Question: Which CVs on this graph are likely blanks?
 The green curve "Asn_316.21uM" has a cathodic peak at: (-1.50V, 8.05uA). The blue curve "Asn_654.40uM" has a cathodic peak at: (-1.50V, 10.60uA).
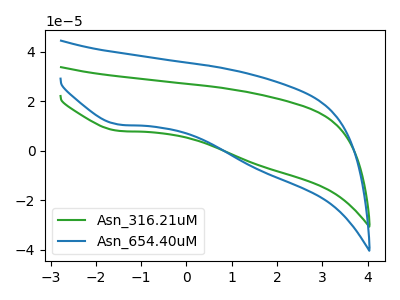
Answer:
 <answer>There are not any CV's on this graph that are likely to be blanks.</answer>
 <eval>none</eval>